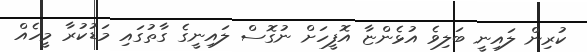
ކުރިން ލައިނީ ބަލިވެ އުޅެންޏާ އޮފީހަށް ނުގޮސް ލައިނީގެ ގާތުގައި މަޑުކުރާ މީހެއް